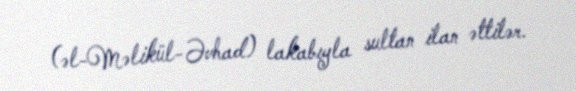
(əl-Məlikül-Əvhad) lakabıyla sultan ilan əttilər.